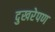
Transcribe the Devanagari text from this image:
दुखरेपण